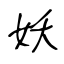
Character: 妖